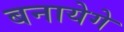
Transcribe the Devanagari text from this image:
बनायेगे